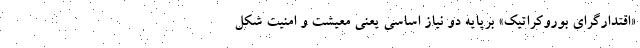
«اقتدارگرای بوروکراتیک» برپایه دو نیاز اساسی یعنی معیشت و امنیت شکل